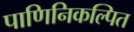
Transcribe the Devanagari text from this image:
पाणिनिकल्पित